Report on lock hospitals in British Burma
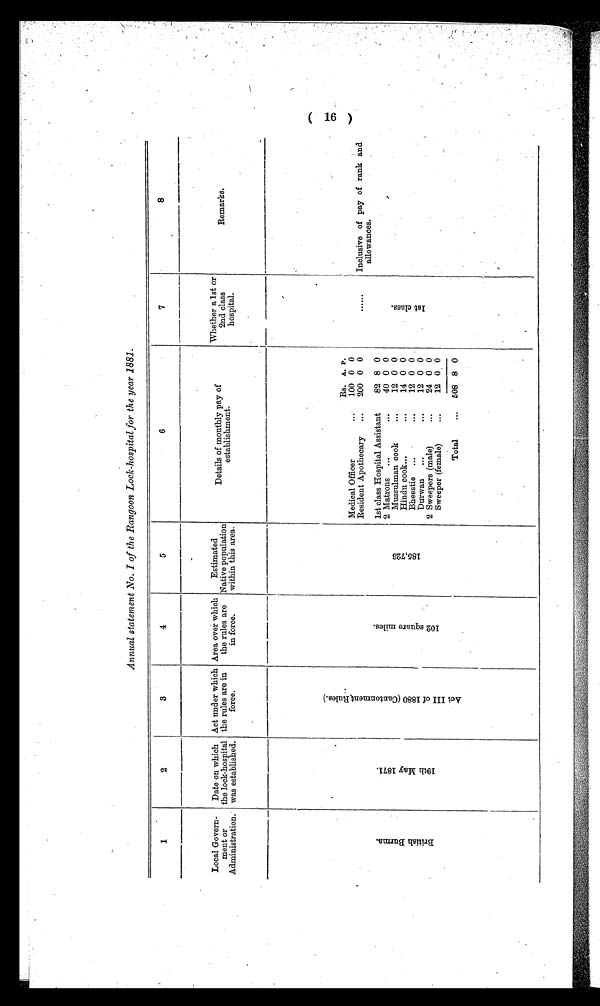
Annual statement No. I of the Rangoon Lock-hospital for the year 1881.
1
2
3
4
5
6
7
8
Local Govern-
meat or
Administration.
Date on which
the lock-hospital
was established.
Act under which
the rules are in
force.
Area over which
the rules are
in force.
Estimated
Native population
within this area.
Details of monthly pay of
e s t a b l i s h m e n t .
Whether a 1st or
2nd class
hospital.
Remarks.
B r i t i s h B u r m a .
1 9 t h M a y 1 8 7 1 .
A c t I I I 1 8 8 0 ( C a n t o n m e n t R u l e s . )
1 0 2 s q u a r e m i l e s .
1 8 5 , 7 2 3 .
Inclusive of pay of rank and
allowances.
Rs. A. P.
Medical Officer
100 0 0
Resident Apothecary
...
200 0 0
......
lst class Hospital Assistant
82 8 0
1 s t c l a s s .
2 Matrons ...
...
40
0 0
Mussulman cook
...
12 0 0
Hindu cook...
...
14 0 0
Bheestie ...
. . . .
12 0 0
Duman
...
...
12 0 0
2 Sweepers (male)
...
24 0 0
Sweeper (female)
12 0 0
Total
...
508 8 0
_( 16)